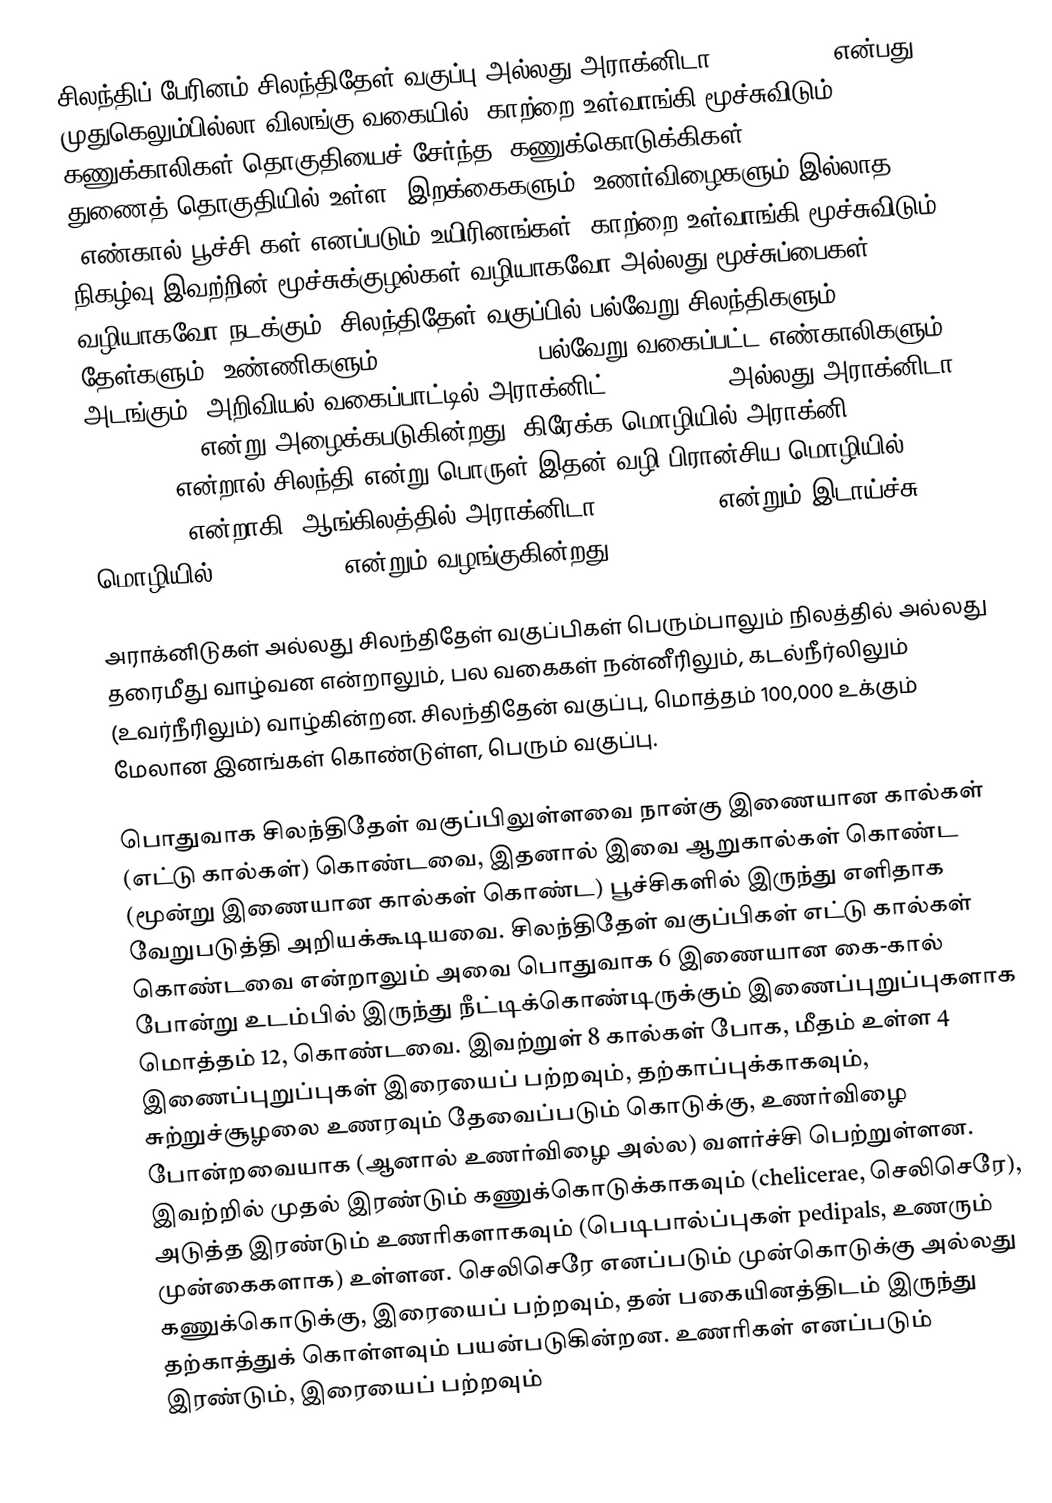
சிலந்திப் பேரினம்,சிலந்திதேள் வகுப்பு அல்லது அராக்னிடா (Arachnida) என்பது முதுகெலும்பில்லா விலங்கு வகையில், காற்றை உள்வாங்கி மூச்சுவிடும் கணுக்காலிகள் தொகுதியைச் சேர்ந்த, கணுக்கொடுக்கிகள் (Chelicerata) துணைத் தொகுதியில் உள்ள, இறக்கைகளும், உணர்விழைகளும் இல்லாத, "எண்கால் பூச்சி"கள் எனப்படும் உயிரினங்கள். காற்றை உள்வாங்கி மூச்சுவிடும் நிகழ்வு இவற்றின் மூச்சுக்குழல்கள் வழியாகவோ அல்லது மூச்சுப்பைகள் வழியாகவோ நடக்கும். சிலந்திதேள் வகுப்பில் பல்வேறு சிலந்திகளும், தேள்களும், உண்ணிகளும் (mites, ticks), பல்வேறு வகைப்பட்ட எண்காலிகளும் அடங்கும். அறிவியல் வகைப்பாட்டில் அராக்னிட் ( arachnid) அல்லது அராக்னிடா (Arachnida) என்று அழைக்கபடுகின்றது. கிரேக்க மொழியில் அராக்னி (άράχνη, arachne) என்றால் சிலந்தி என்று பொருள்.இதன் வழி பிரான்சிய மொழியில் arachnide என்றாகி, ஆங்கிலத்தில் அராக்னிடா (Arachnida) என்றும் இடாய்ச்சு மொழியில் Spinnentiere என்றும் வழங்குகின்றது.

அராக்னிடுகள் அல்லது சிலந்திதேள் வகுப்பிகள் பெரும்பாலும் நிலத்தில் அல்லது தரைமீது வாழ்வன என்றாலும், பல வகைகள் நன்னீரிலும், கடல்நீர்லிலும் (உவர்நீரிலும்) வாழ்கின்றன. சிலந்திதேன் வகுப்பு, மொத்தம் 100,000 உக்கும் மேலான இனங்கள் கொண்டுள்ள, பெரும் வகுப்பு.

பொதுவாக சிலந்திதேள் வகுப்பிலுள்ளவை நான்கு இணையான கால்கள் (எட்டு கால்கள்) கொண்டவை, இதனால் இவை ஆறுகால்கள் கொண்ட (மூன்று இணையான கால்கள் கொண்ட) பூச்சிகளில் இருந்து எளிதாக வேறுபடுத்தி அறியக்கூடியவை. சிலந்திதேள் வகுப்பிகள் எட்டு கால்கள் கொண்டவை என்றாலும் அவை பொதுவாக 6 இணையான கை-கால் போன்று உடம்பில் இருந்து நீட்டிக்கொண்டிருக்கும்  இணைப்புறுப்புகளாக மொத்தம் 12, கொண்டவை. இவற்றுள் 8 கால்கள் போக, மீதம் உள்ள 4 இணைப்புறுப்புகள் இரையைப் பற்றவும், தற்காப்புக்காகவும், சுற்றுச்சூழலை உணரவும் தேவைப்படும் கொடுக்கு, உணர்விழை போன்றவையாக (ஆனால் உணர்விழை அல்ல) வளர்ச்சி பெற்றுள்ளன. இவற்றில் முதல் இரண்டும் கணுக்கொடுக்காகவும் (chelicerae, செலிசெரே), அடுத்த இரண்டும் உணரிகளாகவும் (பெடிபால்ப்புகள் pedipals, உணரும் முன்கைகளாக) உள்ளன. செலிசெரே எனப்படும் முன்கொடுக்கு அல்லது கணுக்கொடுக்கு, இரையைப் பற்றவும், தன் பகையினத்திடம் இருந்து தற்காத்துக் கொள்ளவும் பயன்படுகின்றன. உணரிகள் எனப்படும் இரண்டும், இரையைப் பற்றவும்